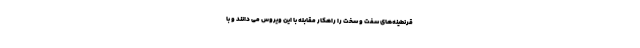
قرنطینه‌های سفت و سخت را راهکار مقابله با این ویروس می دانند و با